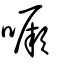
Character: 噘